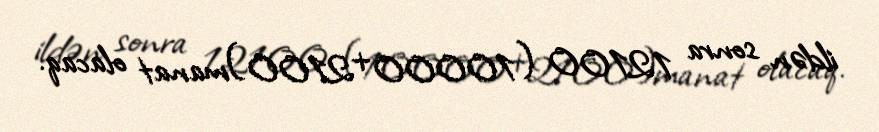
ildən sonra 12100 (10000+2100)manat olacaq.